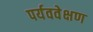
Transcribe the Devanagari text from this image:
पर्यववेक्षण